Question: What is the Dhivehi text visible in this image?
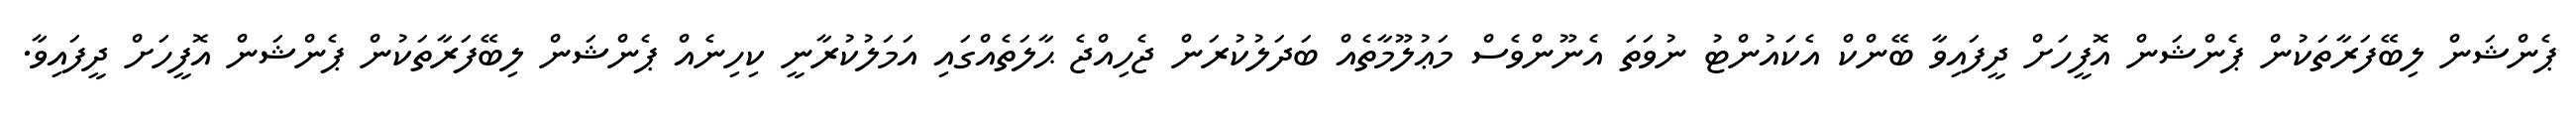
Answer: ޕެންޝަން ލިބޭފަރާތަކުން ޕެންޝަން އޮފީހަށް ދީފައިވާ ބޭންކް އެކައުންޓު ނުވަތަ އެނޫންވެސް މަޢުލޫމާތެއް ބަދަލުކުރަން ޖެހިއްޖެ ޙާލަތެއްގައި އަމަލުކުރާނީ ކިހިނެއް ޕެންޝަން ލިބޭފަރާތަކުން ޕެންޝަން އޮފީހަށް ދީފައިވާ.